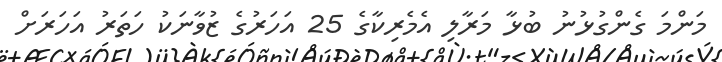
މަންމަ ގެންގުޅުނު ބުޅާ މަރާލި އެމެރިކާގެ 25 އަހަރުގެ ޒުވާނަކު ހަތަރު އަހަރަށް